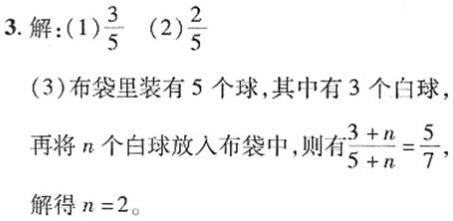
3. 解：(1)$\frac{3}{5}$ (2)$\frac{2}{5}$
(3)布袋里装有5个球，其中有3个白球
再将$n$个白球放入布袋中，则有$\frac{3 + n}{5 + n}=\frac{5}{7}$，
解得$n = 2$。